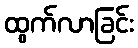
ထွက်လာခြင်း